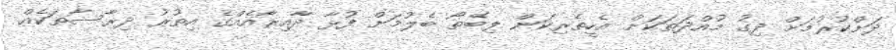
ދަށްކުރުމަށް ދިގު މުއްދަތަކަށް އެހީތެރިކަން ލިބޭތޯ ބެލުމަށް ފުޅާ ދާއިރާއެއްގެ އިތުރު ދިރާސާތަކެއް